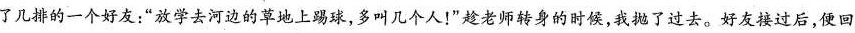
了儿排的一个好友；”放学去河边的草地上踢球，多叫几个人！”趁老师转身的时候，我抛了过去。好友接过后，便回